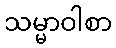
သမ္မာဝါစာ